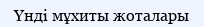
Үнді мұхиты жоталары